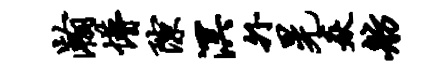
瀚懵隙溟外晃焱舫